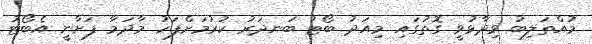
މުއްތަލިބު ވިދާޅުވީ ގޮތުގައި މިއަދު ބޯޓު ބަނދަރު ކުރުމަށްފަހު މާދަމާ ފަށާނީ އެބޯޓު